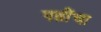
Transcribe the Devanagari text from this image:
पत्नींचा